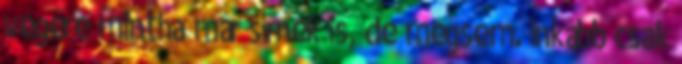
végére mintha már sírnék is, de mégsem. Inkább csak